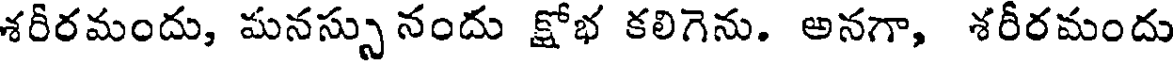
శరీరమందు, మనస్సునందు క్షోభ కలిగెను. అనగా, శరీరమందు